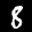
Label: 8